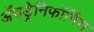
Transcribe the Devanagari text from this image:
अँचड्रेनिफॉर्मिस